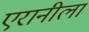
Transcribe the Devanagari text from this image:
एरानीला